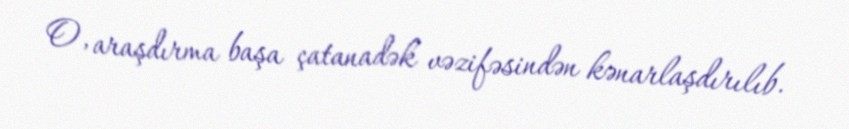
O, araşdırma başa çatanadək vəzifəsindən kənarlaşdırılıb.